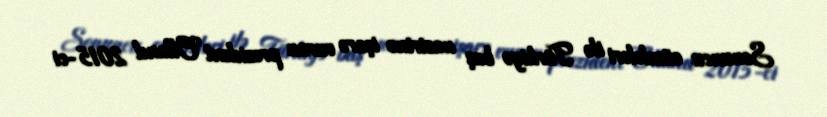
Sonuncu cümlələri ilə Türkiyə baş nazirinə işarə vuran prezident Olland 2015-ci